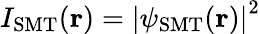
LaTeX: I_{\mathrm{SMT}}({\mathbf r})=\left|\psi_{\mathrm{SMT}}({\mathbf r})\right|^{2}